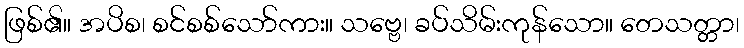
ဖြစ်၏။ အပိစ၊ စင်စစ်သော်ကား။ သဗ္ဗေ၊ ခပ်သိမ်းကုန်သော။ တေသတ္တာ၊